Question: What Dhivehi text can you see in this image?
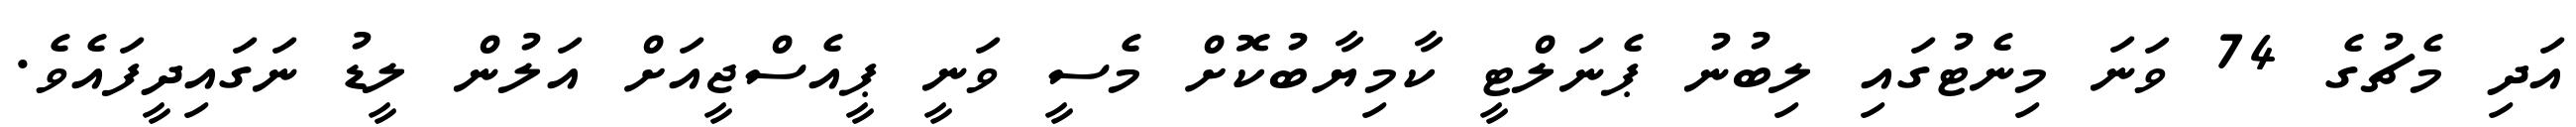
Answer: އަދި މެޗުގެ 74 ވަނަ މިނެޓުގައި ލިބުނު ޕެނަލްޓީ ކާމިޔާބުކޮށް މެސީ ވަނީ ޕީއެސްޖީއަށް އަލުން ލީޑު ނަގައިދީފައެވެ.